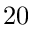
2 0